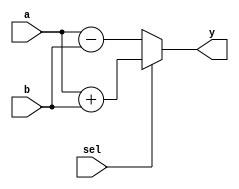
module combinational_logic (
    input  wire [3:0] a,    // 4-bit input signal
    input  wire [3:0] b,    // 4-bit input signal
    input  wire         sel, // 1-bit select signal
    output reg  [3:0] y     // 4-bit output signal
);

// Combinational logic block
always @(*) begin
    // Logic implementation based on input signals
    if (sel) begin
        y = a + b;           // If sel is high, perform addition
    end else begin
        y = a - b;           // If sel is low, perform subtraction
    end
    // No memory elements, output y is a function of a, b, and sel
end

endmodule